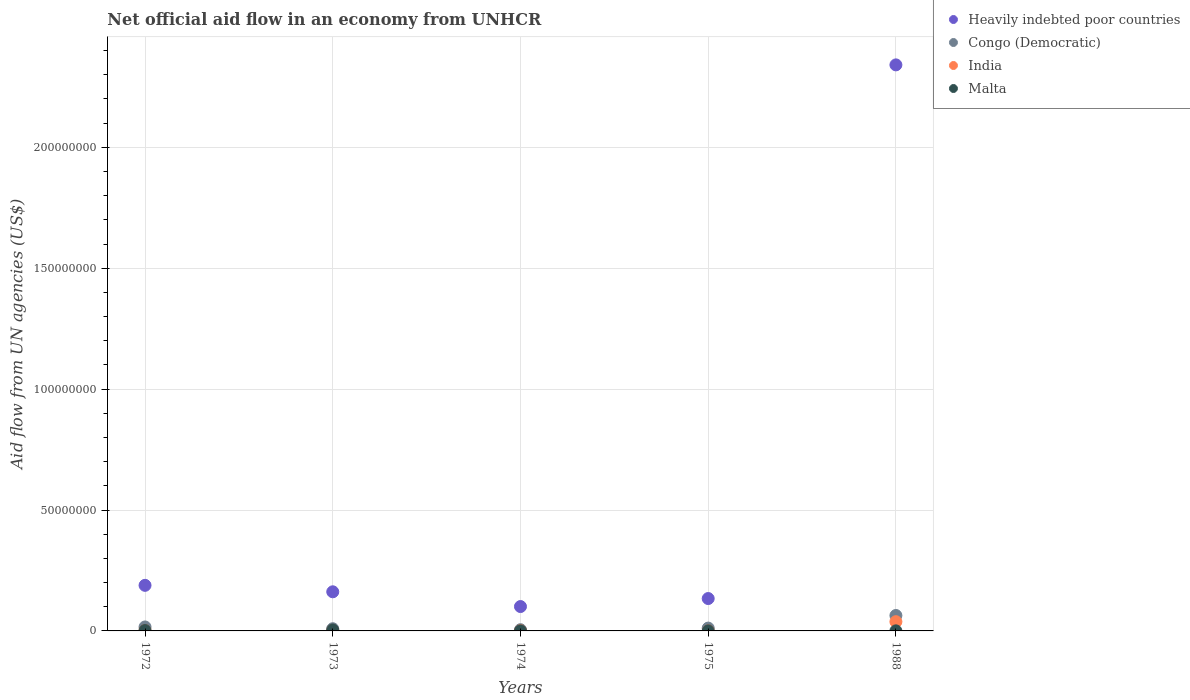
| Years | Heavily indebted poor countries | Congo (Democratic) | India | Malta |
 | --- | --- | --- | --- | --- |
 | 1972 | 1.88e+07 | 1.64e+06 | 1.3e+05 | 1.7e+05 |
 | 1973 | 1.62e+07 | 9.1e+05 | 2.3e+05 | 4e+05 |
 | 1974 | 1.01e+07 | 5e+05 | 1e+05 | 3e+04 |
 | 1975 | 1.34e+07 | 1.17e+06 | 1e+04 | 3e+04 |
 | 1988 | 2.34e+08 | 6.38e+06 | 3.82e+06 | 3e+04 |